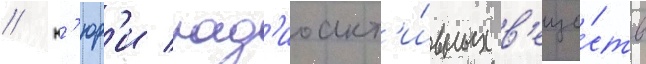
// К'юр'и рад'иоакт'и́вных в'еще́ств